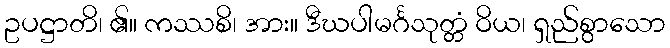
ဥပဋ္ဌာတိ၊ ၏။ ကဿစိ၊ အား။ ဒီဃပါမင်္ဂသုတ္တံ ဝိယ၊ ရှည်စွာသော